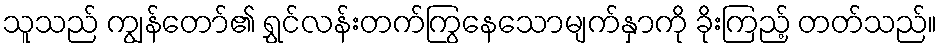
သူသည် ကျွန်တော်၏ ရွှင်လန်းတက်ကြွနေသောမျက်နှာကို ခိုးကြည့် တတ်သည်။